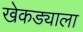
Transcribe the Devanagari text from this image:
खेकड्याला